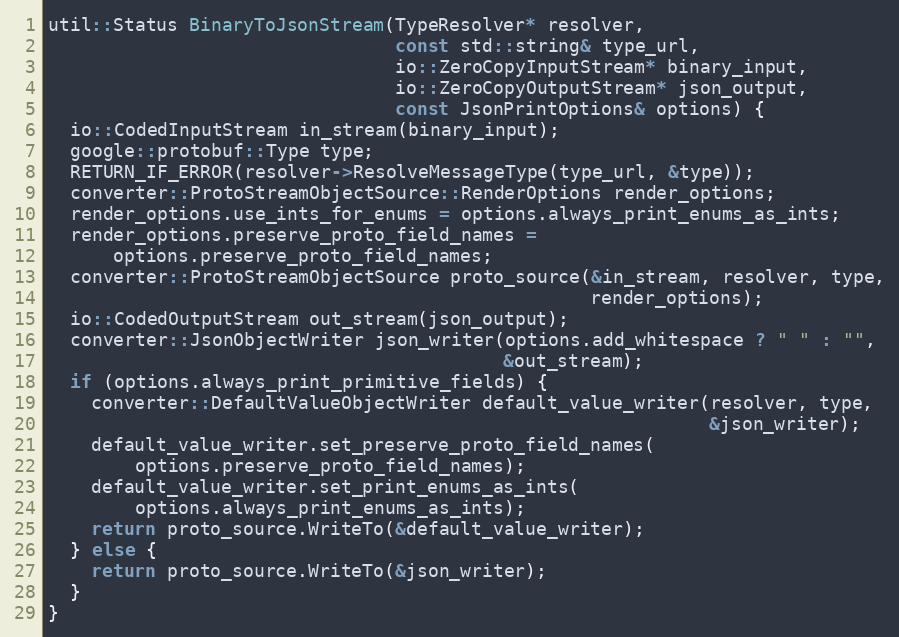
Language: C++
util::Status BinaryToJsonStream(TypeResolver* resolver,
                                const std::string& type_url,
                                io::ZeroCopyInputStream* binary_input,
                                io::ZeroCopyOutputStream* json_output,
                                const JsonPrintOptions& options) {
  io::CodedInputStream in_stream(binary_input);
  google::protobuf::Type type;
  RETURN_IF_ERROR(resolver->ResolveMessageType(type_url, &type));
  converter::ProtoStreamObjectSource::RenderOptions render_options;
  render_options.use_ints_for_enums = options.always_print_enums_as_ints;
  render_options.preserve_proto_field_names =
      options.preserve_proto_field_names;
  converter::ProtoStreamObjectSource proto_source(&in_stream, resolver, type,
                                                  render_options);
  io::CodedOutputStream out_stream(json_output);
  converter::JsonObjectWriter json_writer(options.add_whitespace ? " " : "",
                                          &out_stream);
  if (options.always_print_primitive_fields) {
    converter::DefaultValueObjectWriter default_value_writer(resolver, type,
                                                             &json_writer);
    default_value_writer.set_preserve_proto_field_names(
        options.preserve_proto_field_names);
    default_value_writer.set_print_enums_as_ints(
        options.always_print_enums_as_ints);
    return proto_source.WriteTo(&default_value_writer);
  } else {
    return proto_source.WriteTo(&json_writer);
  }
}